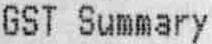
GST SUMMARY